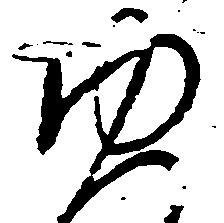
ゆ